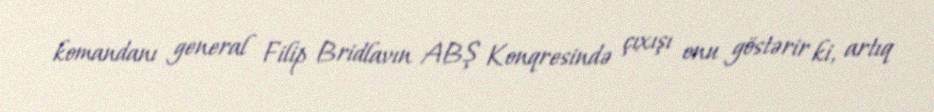
komandanı general Filip Bridlavın ABŞ Konqresində çıxışı onu göstərir ki, artıq